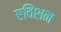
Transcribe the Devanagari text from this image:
एविशन